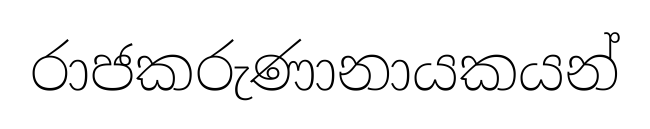
රාජකරුණානායකයන්